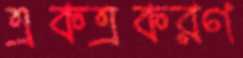
একত্রকরণ